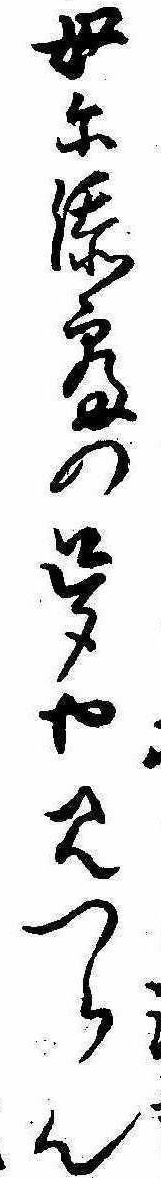
母に添寝の夢や見つらん